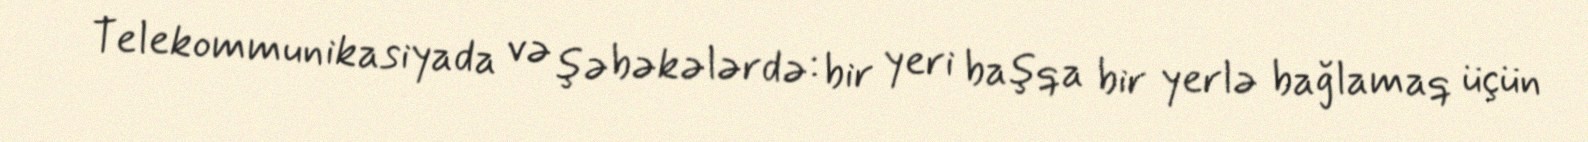
Telekommunikasiyada və şəbəkələrdə: bir yeri başqa bir yerlə bağlamaq üçün